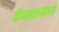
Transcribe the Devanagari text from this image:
कॅन्ससमध्ये